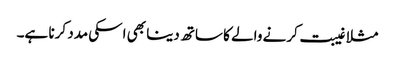
مثلا غیبت کرنے والے کا ساتھ دینا بھی اسکی مدد کرنا ہے۔